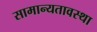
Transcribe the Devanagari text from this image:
सामान्यतावस्था